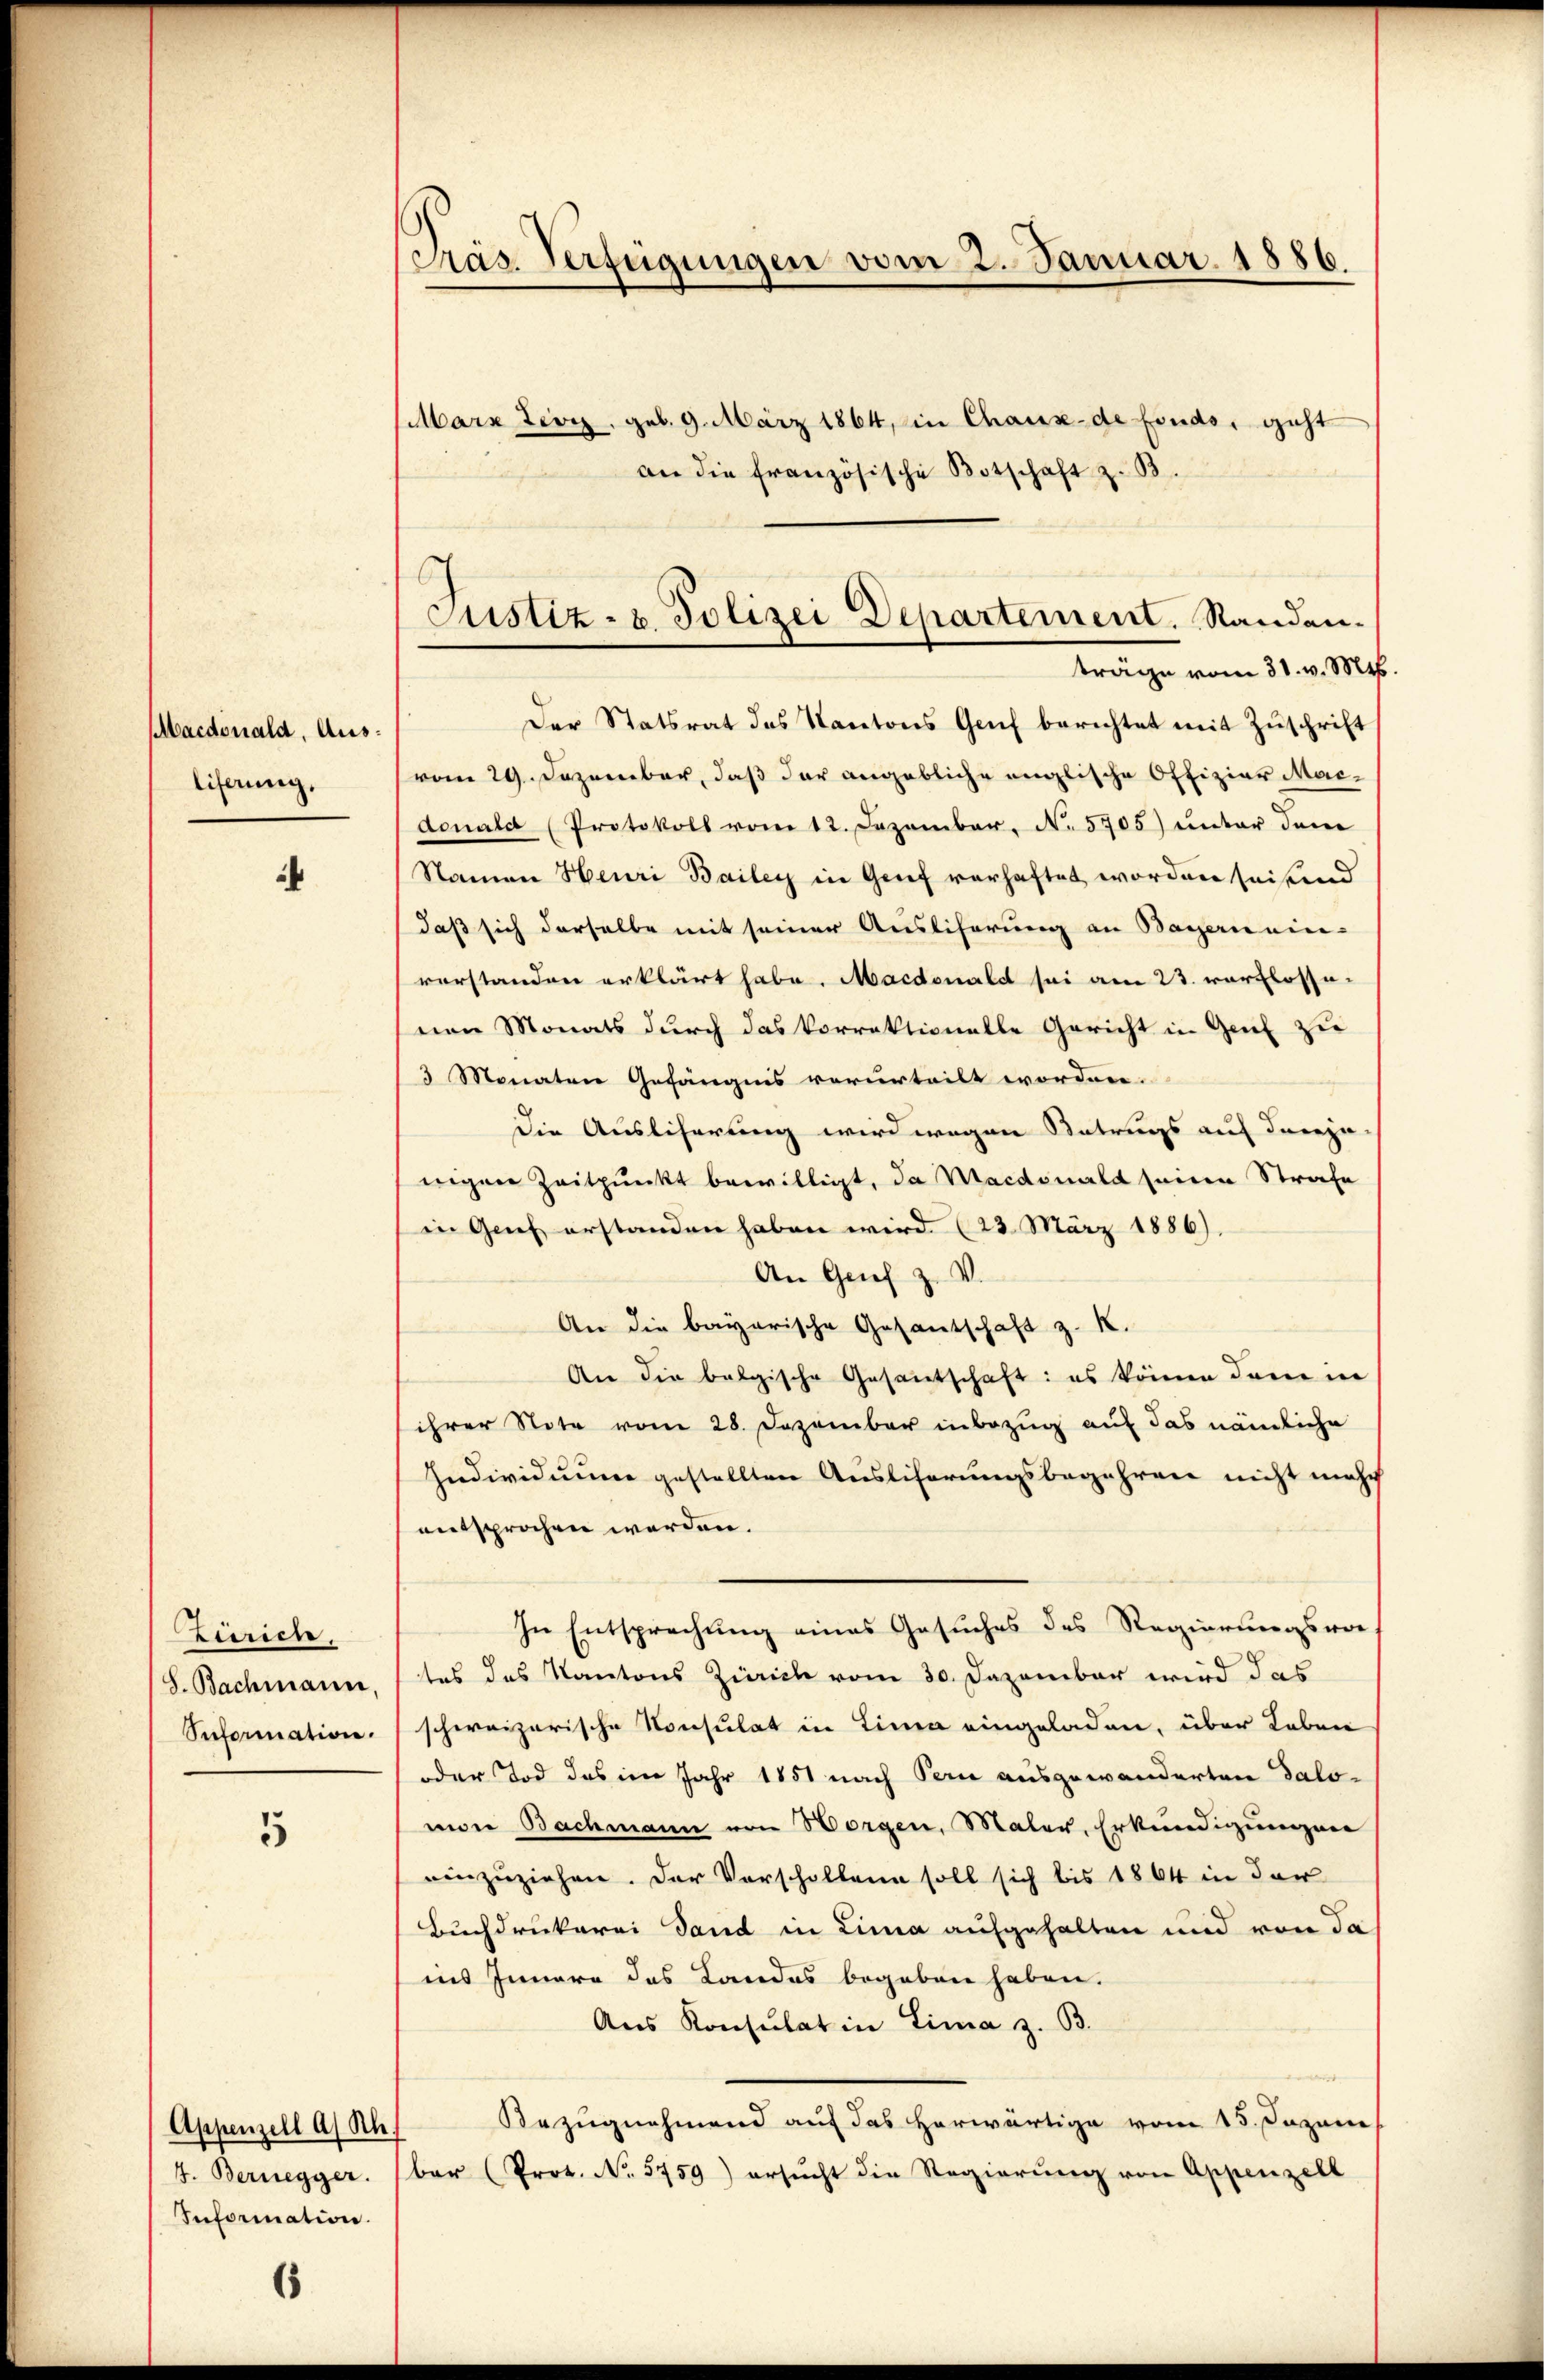
Macdoniald, Ausliferung.

5

Zürich.
(S. Bachmann,
Seformation.

Appenzell a. Rh.
Information.

6

Präs. Verfügungen vom 2. Januar 1886.
Marx Teor, geb. 9. März 1864, in Chaux-de fonds, geht
an die französische Botschaft z. B.

Der Statsrat des Kantons Genf berichtet mit Zŭschrift
vom 29. Dezember, daß der angebliche englische Offizier Mar-
donald (Protokoll vom 12. Dezember. N. 5705) unter den
Namen Heuri Bailey in Genf verhaftet worden seiend
daß sich derselbe mit seiner Auslicherung an Bayernein-
vorstanden erklärt habe. Macdonald sei am 23. verflossenen Monats durch das Vorrektionelle Gericht in Genf zu
3 Monaten Gefängnis verurteilt worden.
die Auslieferung wird wegen Betrugs auf derje
nigen Zeitpunkt bewilligt, da Macdonald seine Strafe
in Genf erstanden haben wird (23. März 1886).
An Grief z. V.
An die bayerische Gesantschaft z. K.
An die belgische Gesantschaft: es könne dem in
ihrer Note vom 28. Dezember inbezug auf das nämliche
Individuum gestellten Ausliferungsbegehren nicht mehr
entsprochen werden.
In Entsprechung eines Gesuches des Regierungsvor
tes das Kantons Zürich vom 30. Dezember wird das
schweizerische Konsulat in Linea eingeladen, über Leben
oder Tod des im Jahr 1851 nach Peri ausgewanderten Salomon Bachmann von Horgen, Maler, Erkundigungen
einzuziehen. Der Vorschollen soll sich bis 1864 in der
Buchdrukerei Sand in Lina aufgehalten und von da
ins Innern des Landes begeben haben.
Aus Konsulat in Lima z. B.
Bezugnahmend auf das herwärtige vom 15. Japane
4. Bernegger. (ber (Prot. No. 5759) ersŭcht die Regierŭng von Appenzell

b
Justiz- & Polizei Departement. Randen.
träge vom 31. v. Mts.